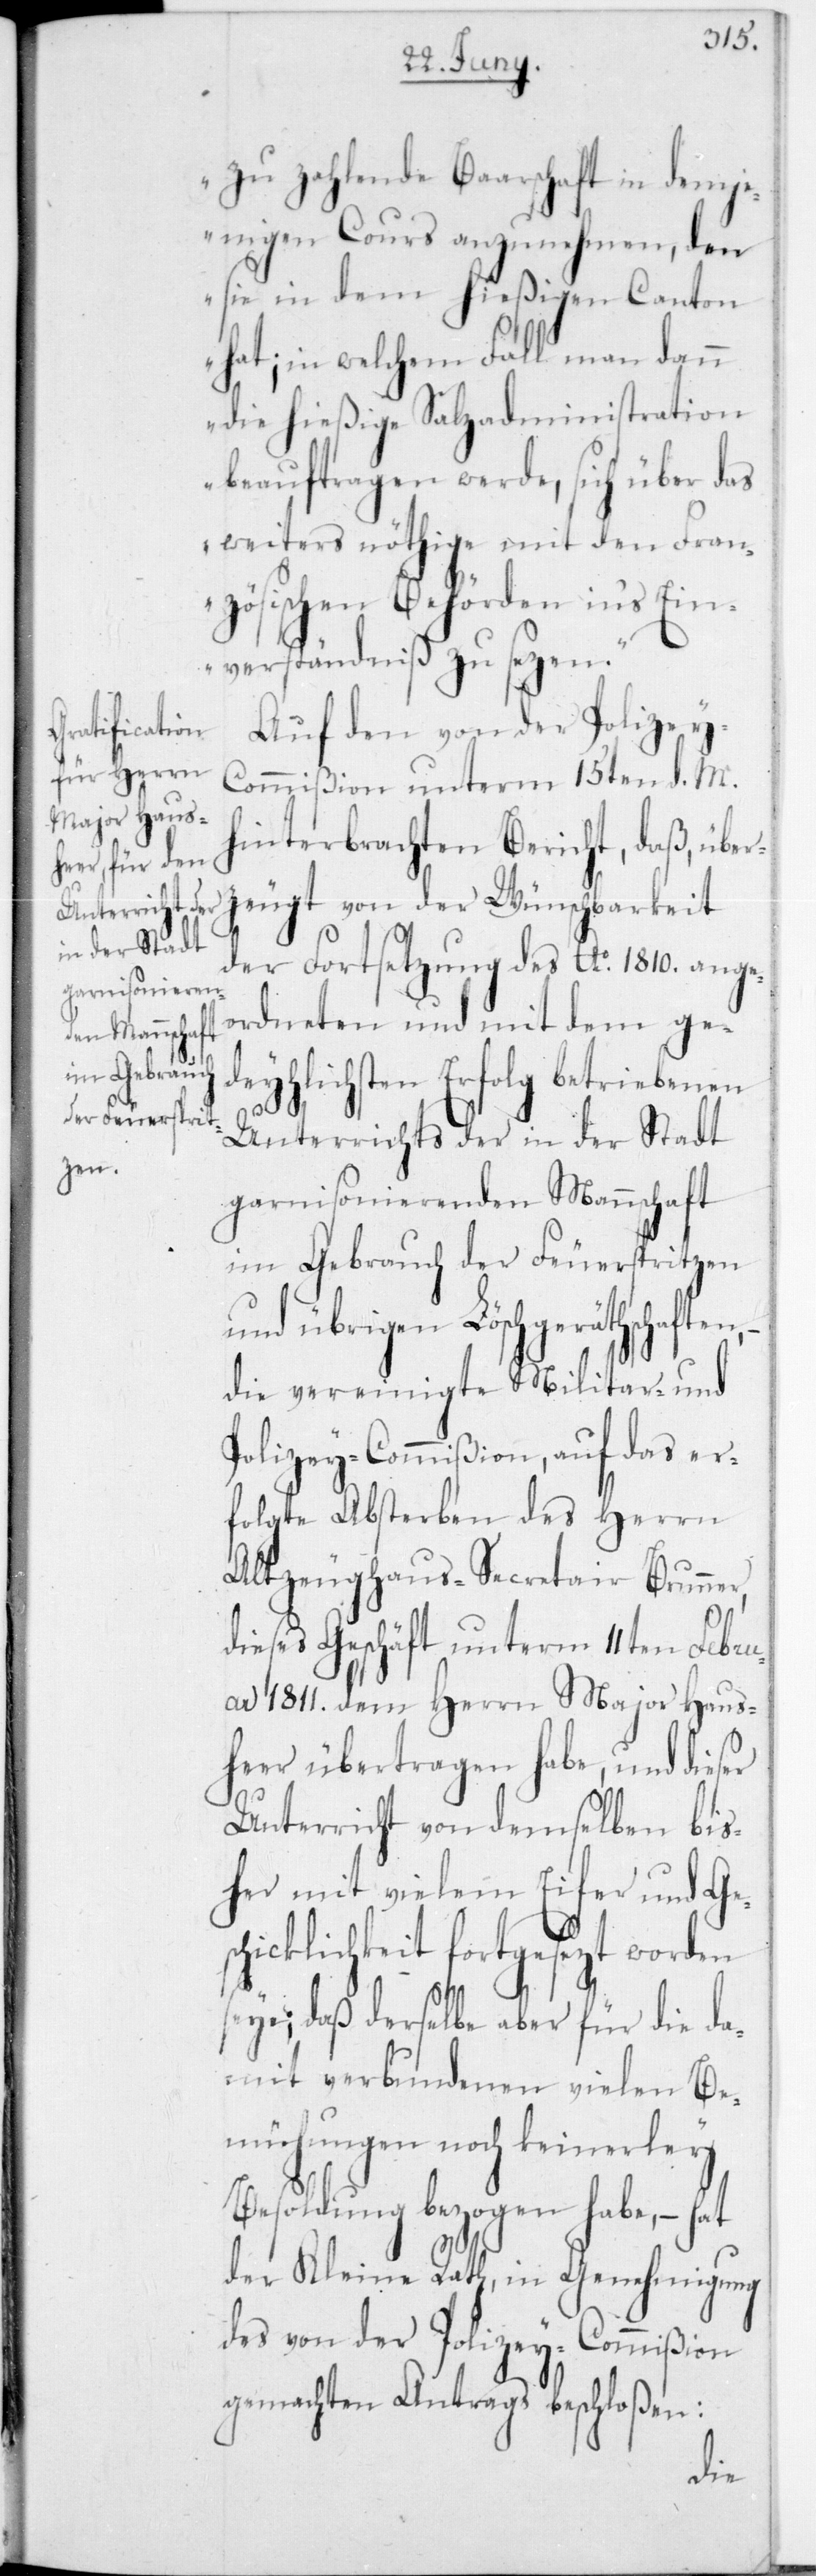
zu zahlende Baarschaft in demje¬
nigen Cours anzunehmen, den
sie in dem hießigen Canton
hat; in welchem Fall man dann
die hießige Salzadministration
beauftragen werde, sich über das
weiters Nöthige mit den Fran¬
zösischen Behörden in‘s Ein¬
verständniß zu setzen.
Auf den von der Polizey¬
Commißion unterm 15ten d. M.
hinterbrachten Bericht, daß, über¬
der Fortsetzung des Ao 1810 ange¬
ordneten und mit dem ge¬
deyhlichsten Erfolg betriebenen
Unterrichts der in der Stadt
zeu¬
garnisonierenden Mannschaft
im Gebrauch der Feuerspritzen
und übrigen Löschgeräthschaften,
die vereinigte Militar- und
Polizey-Commißion; auf das er¬
folgte Absterben des Herrn
alt Zeughaus-Secretair Brunner,
dieses Geschäft unterm 11ten Febr¬
uar 1811 dem Herrn Major Haus¬
heer übertragen habe, und dieser
Unterricht von demelben bis¬
her mit vielem Eifer und Ge¬
schicklichkeit fortgesezt worden
eye, daß derselbe aber für die da¬
mit verbundenen vielen Be¬
mühungen noch keinerley
Besoldung bezogen habe, – hat
s¬
der Kleine Rath in Genehmigung
des von der Polizey-Commißion
gemachten Antrags beschloßen:
der